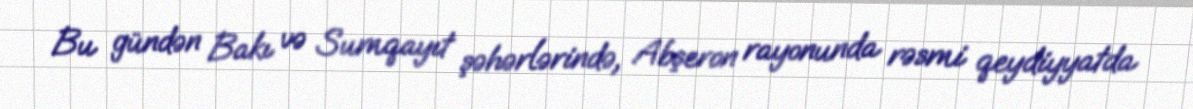
Bu gündən Bakı və Sumqayıt şəhərlərində, Abşeron rayonunda rəsmi qeydiyyatda